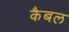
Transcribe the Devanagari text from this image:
कैबल